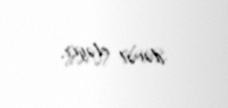
dəvət eləyir.